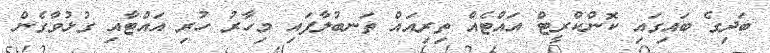
ބަދިގެ ބައިގައި ކޮންކްރީޓް އައްޓެއް ތިރިއައް ތަނބުލާފައި މިހާރު ހުރި އައްޓާއި ގުޅުވާގެން